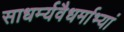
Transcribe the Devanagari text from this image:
साधर्म्यवैधर्माभ्यां